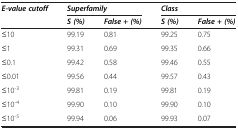
<table><thead><tr><td><b><i>E-value cutoff</i></b></td><td colspan="2"><b><i>Superfamily</i></b></td><td colspan="2"><b><i>Class</i></b></td></tr><tr><td><b> </b></td><td><b><i>S (%)</i></b></td><td><b><i>False + (%)</i></b></td><td><b><i>S (%)</i></b></td><td><b><i>False + (%)</i></b></td></tr></thead><tbody><tr><td>≤10</td><td>99.19</td><td>0.81</td><td>99.25</td><td>0.75</td></tr><tr><td>≤1</td><td>99.31</td><td>0.69</td><td>99.35</td><td>0.66</td></tr><tr><td>≤0.1</td><td>99.42</td><td>0.58</td><td>99.46</td><td>0.55</td></tr><tr><td>≤0.01</td><td>99.56</td><td>0.44</td><td>99.57</td><td>0.43</td></tr><tr><td>≤10<sup>-3</sup></td><td>99.81</td><td>0.19</td><td>99.81</td><td>0.19</td></tr><tr><td>≤10<sup>-4</sup></td><td>99.90</td><td>0.10</td><td>99.90</td><td>0.10</td></tr><tr><td>≤10<sup>-5</sup></td><td>99.94</td><td>0.06</td><td>99.93</td><td>0.07</td></tr></tbody></table>